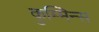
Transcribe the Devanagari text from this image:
कुम्मिन्स